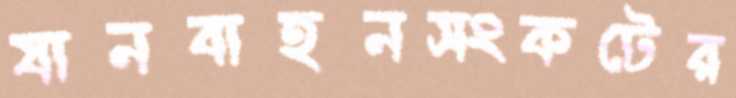
যানবাহনসংকটের